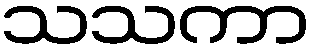
သသကာ